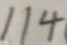
1 1 4